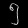
Digit: ၅